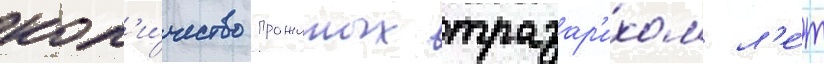
кол'и́чество прожитых тразар'ихом л'е́т